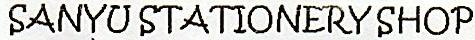
SANYU STATIONERY SHOP